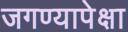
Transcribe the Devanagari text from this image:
जगण्यापेक्षा